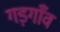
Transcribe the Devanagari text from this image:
गड़गाँव